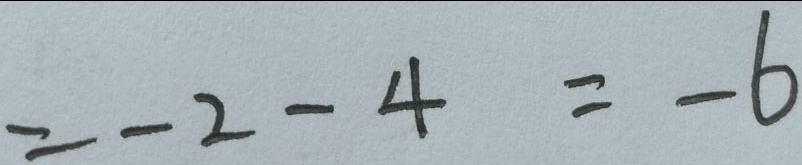
= - 2 - 4 = - 6